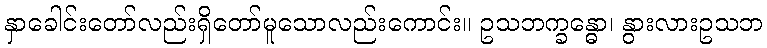
နှာခေါင်းတော်လည်းရှိတော်မူသောလည်းကောင်း။ ဥသဘက္ခန္ဓော၊ နွားလားဥသဘ